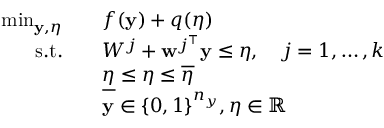
\begin{array} { r l } { \operatorname* { m i n } _ { \mathbf { y } , \eta } } & { \quad f ( \mathbf { y } ) + q ( \eta ) } \\ { \mathrm { s . t . } } & { \quad W ^ { j } + \mathbf { w } ^ { j ^ { \intercal } } \mathbf { y } \leq \eta , \quad j = 1 , \dots , k } \\ & { \quad \underline { { \eta } } \leq \eta \leq \overline { { \eta } } } \\ & { \quad \mathbf { y } \in \{ 0 , 1 \} ^ { n _ { y } } , \eta \in \mathbb { R } } \end{array}